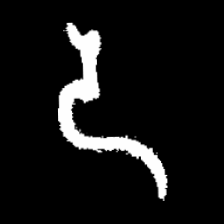
Pyu character \u2014 Myanmar letter: ဒ (romanized: da)